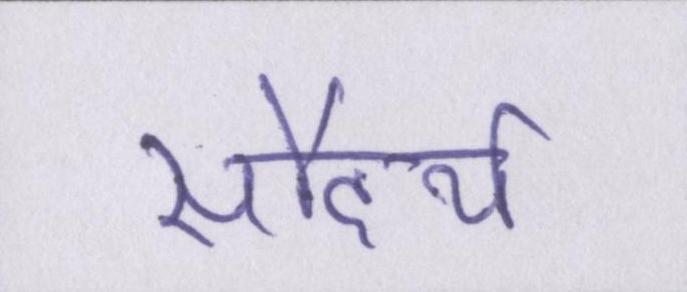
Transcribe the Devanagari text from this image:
सौंदर्य